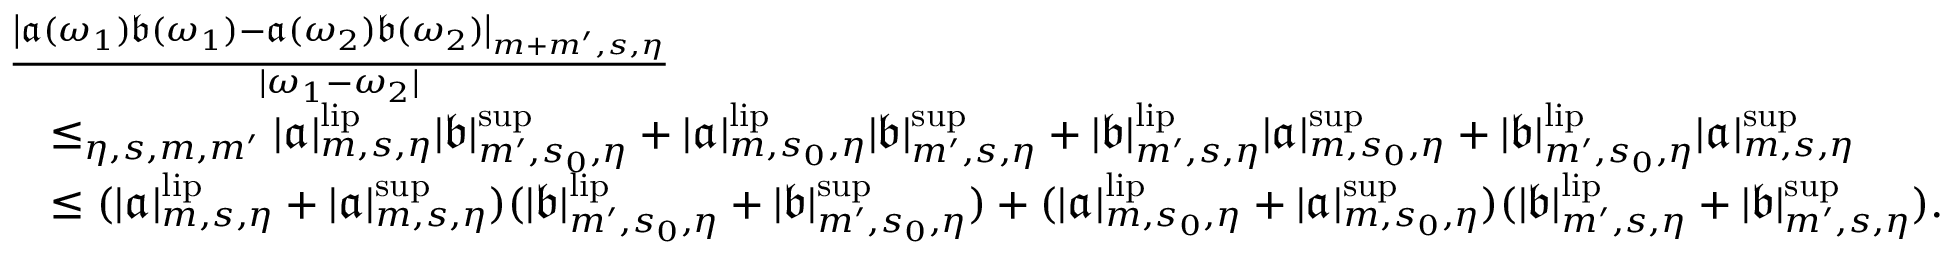
\begin{array} { r l } & { \frac { \left| \mathfrak { a } ( \omega _ { 1 } ) \mathfrak { b } ( \omega _ { 1 } ) - \mathfrak { a } ( \omega _ { 2 } ) \mathfrak { b } ( \omega _ { 2 } ) \right| _ { m + m ^ { \prime } , s , \eta } } { | \omega _ { 1 } - \omega _ { 2 } | } } \\ & { \quad \le _ { \eta , s , m , m ^ { \prime } } | \mathfrak { a } | _ { m , s , \eta } ^ { \mathrm { l i p } } | \mathfrak { b } | _ { m ^ { \prime } , s _ { 0 } , \eta } ^ { \operatorname* { s u p } } + | \mathfrak { a } | _ { m , s _ { 0 } , \eta } ^ { \mathrm { l i p } } | \mathfrak { b } | _ { m ^ { \prime } , s , \eta } ^ { \operatorname* { s u p } } + | \mathfrak { b } | _ { m ^ { \prime } , s , \eta } ^ { \mathrm { l i p } } | \mathfrak { a } | _ { m , s _ { 0 } , \eta } ^ { \operatorname* { s u p } } + | \mathfrak { b } | _ { m ^ { \prime } , s _ { 0 } , \eta } ^ { \mathrm { l i p } } | \mathfrak { a } | _ { m , s , \eta } ^ { \operatorname* { s u p } } } \\ & { \quad \le ( | \mathfrak { a } | _ { m , s , \eta } ^ { \mathrm { l i p } } + | \mathfrak { a } | _ { m , s , \eta } ^ { \operatorname* { s u p } } ) ( | \mathfrak { b } | _ { m ^ { \prime } , s _ { 0 } , \eta } ^ { \mathrm { l i p } } + | \mathfrak { b } | _ { m ^ { \prime } , s _ { 0 } , \eta } ^ { \operatorname* { s u p } } ) + ( | \mathfrak { a } | _ { m , s _ { 0 } , \eta } ^ { \mathrm { l i p } } + | \mathfrak { a } | _ { m , s _ { 0 } , \eta } ^ { \operatorname* { s u p } } ) ( | \mathfrak { b } | _ { m ^ { \prime } , s , \eta } ^ { \mathrm { l i p } } + | \mathfrak { b } | _ { m ^ { \prime } , s , \eta } ^ { \operatorname* { s u p } } ) . } \end{array}